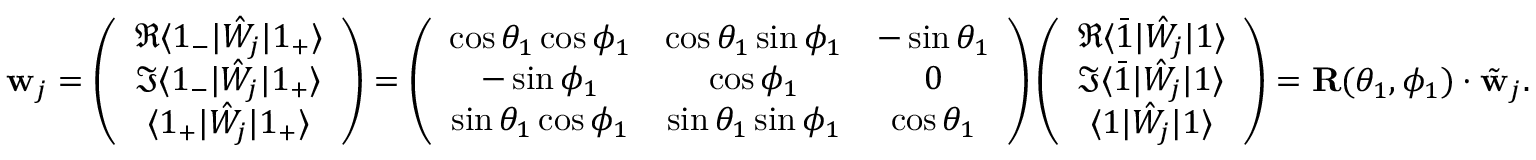
\mathbf { w } _ { j } = \left( \begin{array} { c } { \Re \langle 1 _ { - } | \hat { W } _ { j } | 1 _ { + } \rangle } \\ { \Im \langle 1 _ { - } | \hat { W } _ { j } | 1 _ { + } \rangle } \\ { \langle 1 _ { + } | \hat { W } _ { j } | 1 _ { + } \rangle } \end{array} \right) = \left( \begin{array} { c c c } { \cos \theta _ { 1 } \cos \phi _ { 1 } } & { \cos \theta _ { 1 } \sin \phi _ { 1 } } & { - \sin \theta _ { 1 } } \\ { - \sin \phi _ { 1 } } & { \cos \phi _ { 1 } } & { 0 } \\ { \sin \theta _ { 1 } \cos \phi _ { 1 } } & { \sin \theta _ { 1 } \sin \phi _ { 1 } } & { \cos \theta _ { 1 } } \end{array} \right) \left( \begin{array} { c } { \Re \langle \bar { 1 } | \hat { W } _ { j } | 1 \rangle } \\ { \Im \langle \bar { 1 } | \hat { W } _ { j } | 1 \rangle } \\ { \langle 1 | \hat { W } _ { j } | 1 \rangle } \end{array} \right) = \mathbf { R } ( \theta _ { 1 } , \phi _ { 1 } ) \cdot \tilde { \mathbf { w } } _ { j } .